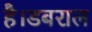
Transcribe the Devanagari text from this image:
है।डबराल